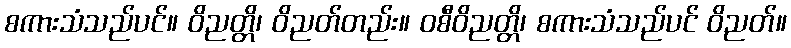
စကားသံသည်ပင်။ ဝိညတ္တိ၊ ဝိညတ်တည်း။ ဝစီဝိညတ္တိ၊ စကားသံသည်ပင် ဝိညတ်။